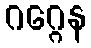
ဂဂ္ဂေန